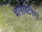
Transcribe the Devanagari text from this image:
चांगावटेश्वर